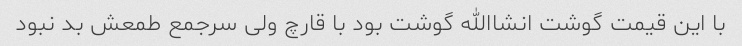
با این قیمت گوشت انشاالله گوشت بود با قارچ ولی سرجمع طمعش بد نبود